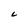
Character: L